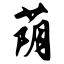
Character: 荫